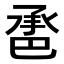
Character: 𢁇